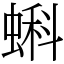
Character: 蝌